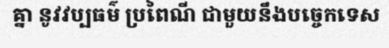
គ្នា នូវវប្បធម៌ ប្រពៃណី ជាមួយនឹងបច្ចេកទេស